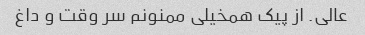
عالی. از پیک همخیلی ممنونم سر وقت و داغ